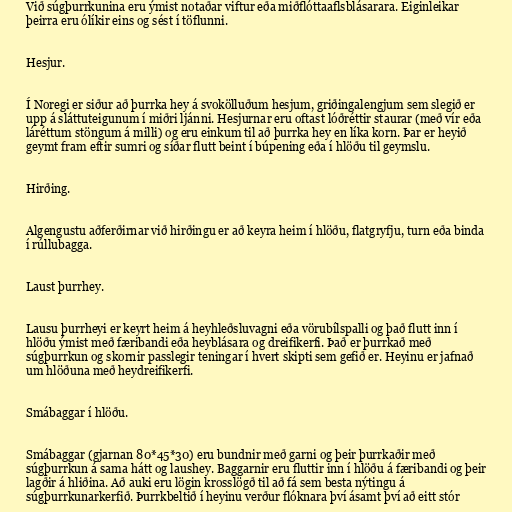
Við súgþurrkunina eru ýmist notaðar viftur eða miðflóttaaflsblásarara. Eiginleikar
þeirra eru ólíkir eins og sést í töflunni.

Hesjur.

Í Noregi er siður að þurrka hey á svokölluðum hesjum, griðingalengjum sem slegið er
upp á sláttuteigunum í miðri ljánni. Hesjurnar eru oftast lóðréttir staurar (með vír eða
láréttum stöngum á milli) og eru einkum til að þurrka hey en líka korn. Þar er heyið
geymt fram eftir sumri og síðar flutt beint í búpening eða í hlöðu til geymslu.

Hirðing.

Algengustu aðferðirnar við hirðingu er að keyra heim í hlöðu, flatgryfju, turn eða binda
í rúllubagga.

Laust þurrhey.

Lausu þurrheyi er keyrt heim á heyhleðsluvagni eða vörubílspalli og það flutt inn í
hlöðu ýmist með færibandi eða heyblásara og dreifikerfi. Það er þurrkað með
súgþurrkun og skornir passlegir teningar í hvert skipti sem gefið er. Heyinu er jafnað
um hlöðuna með heydreifikerfi.

Smábaggar í hlöðu.

Smábaggar (gjarnan 80*45*30) eru bundnir með garni og þeir þurrkaðir með
súgþurrkun á sama hátt og laushey. Baggarnir eru fluttir inn í hlöðu á færibandi og þeir
lagðir á hliðina. Að auki eru lögin krosslögð til að fá sem besta nýtingu á
súgþurrkunarkerfið. Þurrkbeltið í heyinu verður flóknara því ásamt því að eitt stór